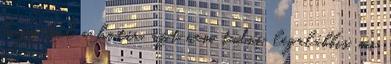
hogy hol a határ, azt nem tudni. legalábbis, mi